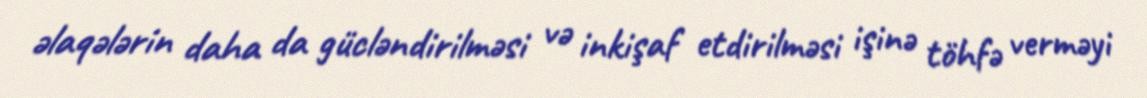
əlaqələrin daha da gücləndirilməsi və inkişaf etdirilməsi işinə töhfə verməyi